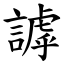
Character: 謼